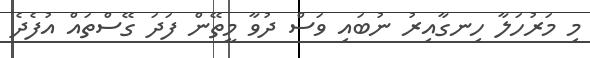
މި މަރުހަލާ ހިނގާއިރު ނުބައި ވަސް ދުވާ މީތޭން ފަދަ ގޭސްތައް އުފެދެ